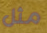
مثل